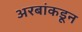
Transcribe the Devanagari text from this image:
अरबांकडून